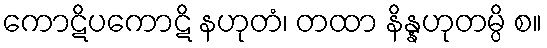
ကောဋိပကောဋိ နဟုတံ၊ တထာ နိန္နဟုတမ္ပိ စ။